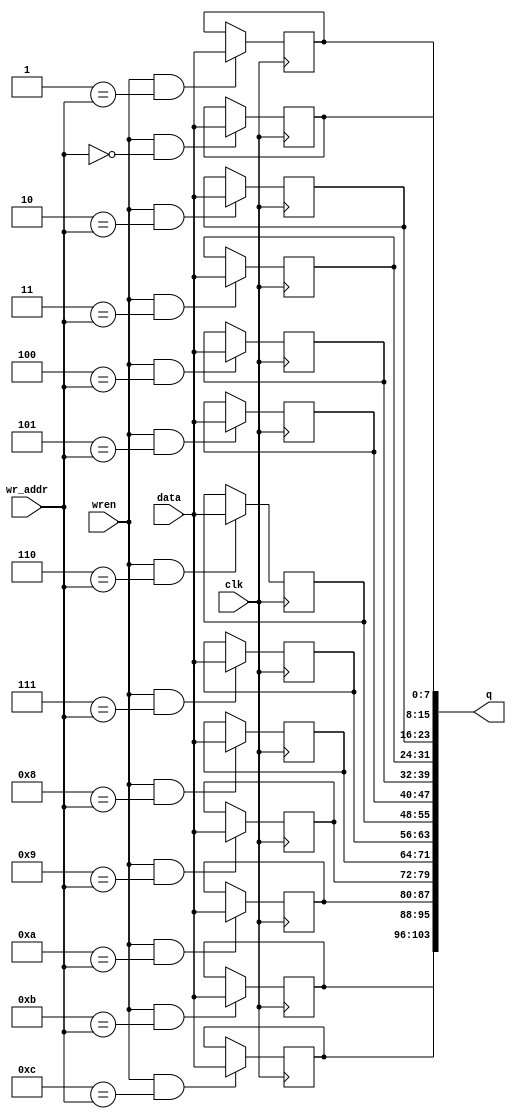
//--------------------------------------------------------------------------------------------------
// Copyright (C) 2013-2017 qiu bin 
// All rights reserved   
// Design    : bitstream_p
// Author(s) : qiu bin
// Phone 15957074161
// QQ:1517642772             
//-------------------------------------------------------------------------------------------------

module reg_file_be
#(parameter DATA_WIDTH=13, ADDR_WIDTH=5)
(
	input clk,
	input [7:0] data,
	input [ADDR_WIDTH-1:0] wr_addr,
	input wren,
	output [DATA_WIDTH*8-1:0] q
);


genvar i;
generate
for(i = 0; i <  DATA_WIDTH; i = i + 1) begin
	reg [7:0] reg_file_i;

	always @ (posedge clk)
		if (wren && i == wr_addr)
			 reg_file_i <= data;
			 
	assign q[7+i*8-:8] = reg_file_i;
end

endgenerate
			


	
endmodule